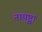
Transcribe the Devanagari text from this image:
नापृष्ट्वा